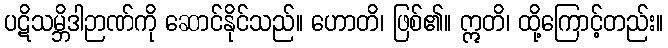
ပဋိသမ္ဘိဒါဉာဏ်ကို ဆောင်နိုင်သည်။ ဟောတိ၊ ဖြစ်၏။ ဣတိ၊ ထို့ကြောင့်တည်း။